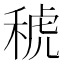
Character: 𱶎